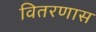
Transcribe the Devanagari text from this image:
वितरणास